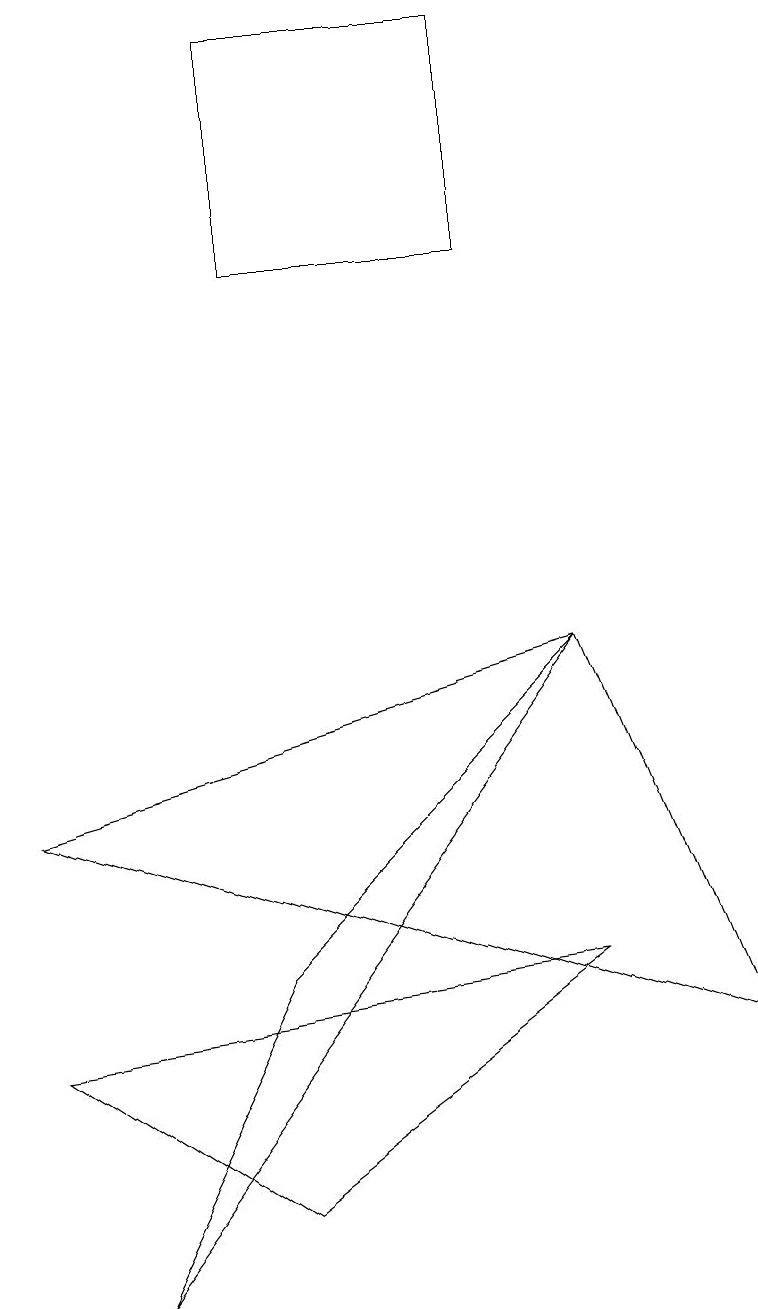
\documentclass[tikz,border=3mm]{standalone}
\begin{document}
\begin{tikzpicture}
\draw (3,16) rectangle (6,13);
\draw (7,4) -- (0,3) -- (3,1) -- cycle;
\draw (1,0) -- (3,4) -- (7,8) -- cycle;
\draw (7,8) -- (9,3) -- (0,6) -- cycle;
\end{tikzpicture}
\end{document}